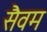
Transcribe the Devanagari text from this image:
सैवम